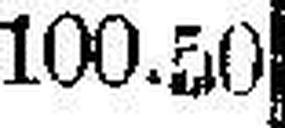
100.50